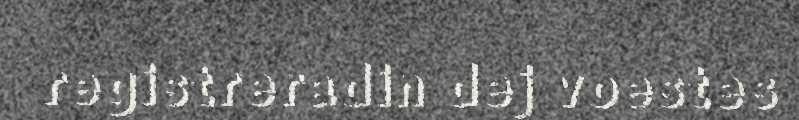
registreradin dej voestes